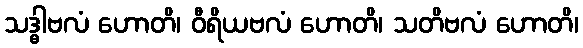
သဒ္ဓါဗလံ ဟောတိ၊ ဝီရိယဗလံ ဟောတိ၊ သတိဗလံ ဟောတိ၊